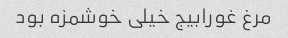
مرغ غورابیج خیلی خوشمزه بود